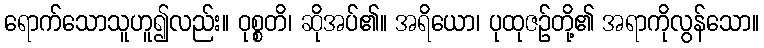
ရောက်သောသူဟူ၍လည်း။ ဝုစ္စတိ၊ ဆိုအပ်၏။ အရိယော၊ ပုထုဇဉ်တို့၏ အရာကိုလွန်သော။